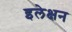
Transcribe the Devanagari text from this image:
इलेक्षन